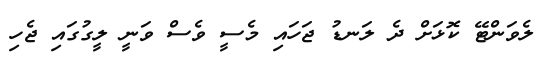
ލެވަންޓޭ ކޮޅަށް ދެ ލަނޑު ޖަހައި މެސީ ވެސް ވަނީ ލީގުގައި ޖެހި